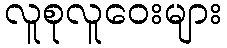
လူစုလူဝေးများ